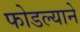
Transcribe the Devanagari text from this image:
फोडल्याने